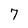
Character: 7